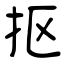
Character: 抠